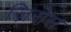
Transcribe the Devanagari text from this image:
ज़िरोस